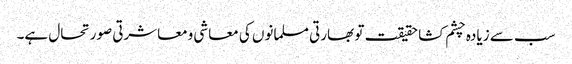
سب سے زیادہ چشم کشا حقیقت تو بھارتی مسلمانوں کی معاشی ومعاشرتی صورتحال ہے۔